[Report on the health of British troops in the Madras command]
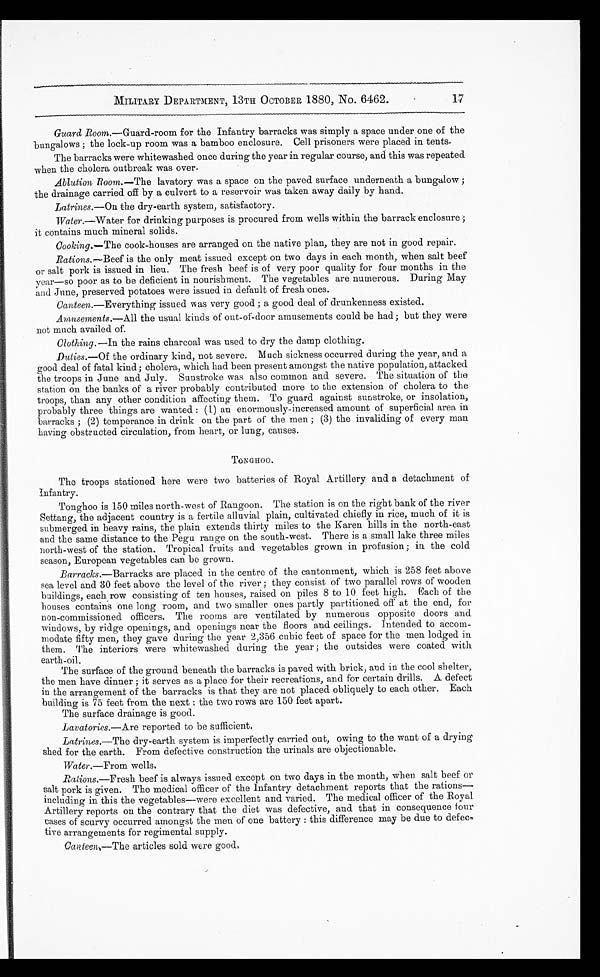
MILITARY DEPARTMENT, 13TH OCTOBER 1880, No. 6462.
Guard Room.—Guard-room for the Infantry barracks was simply a space under one of the
bungalows ; the lock-up room was a bamboo enclosure. Cell prisoners were placed in tents.
The barracks were whitewashed once during the year in regular course, and this was repeated
when the cholera outbreak was over.
Ablution Room. —The lavatory was a space on the paved surface underneath a bungalow ;
the drainage carried off by a culvert to a reservoir was taken away daily by hand.
Latrines.— On the dry-earth system, satisfactory.
Water.—Water for drinking purposes is procured from wells within the barrack enclosure
it contains much mineral solids.
Cooking.— The cook-houses are arranged on the native plan, they are not in good repair.
Rations.—Beef is the only meat issued except on two days in each month, when salt beef
or salt pork is issued in lieu. The fresh beef is of very poor quality for four months in the
year—so poor as to be deficient in nourishment. The vegetables are numerous. During May
and June, preserved potatoes were issued in default of fresh ones.
Canteen.—Everything issued w as very good ; a good deal of drunkenness existed.
Amusements.—All the usual kinds of out-of-door amusements could be had; but they were
not much availed of.
Clothing.—In the rains charcoal was used to dry the damp clothing.
Duties.— Of the ordinary kind, not severe. Much sickness occurred during the year, and a
good deal of fatal kind ; cholera, which had been present amongst the native population, attacked
the troops in June and July. Sunstroke was also common and severe. The situation of the
station on the banks of a river probably contributed more to the extension of cholera to the
troops, than any other condition affecting them. To guard against sunstroke, or insolation,
probably three things are wanted : (1) an enormously-increased amount of superficial area in
barracks ; (2) temperance in drink on the part of the men ; (3) the invaliding of every man
having obstructed circulation, from heart, or lung, causes.
TONGHOO.
The troops stationed here were two batteries of Royal Artillery and a detachment of
Infantry.
Tonghoo is 150 miles north-west of Rangoon. The station is on the right bank of the river
Settang, the adjacent country is a fertile alluvial plain, cultivated chiefly in rice, much of it is
submerged in heavy rains, the plain extends thirty miles to the Karen hills in the north-east
and the same distance to the Pegu range on the south-west. There is a small lake three miles
north-west of the station. Tropical fruits and vegetables grown in profusion; in the cold
season, European vegetables can be grown.
Barracks.—Barracks are placed in the centre of the cantonment, which is 258 feet above
sea level and 30 feet above the level of the river ; they consist of two parallel rows of wooden
buildings, each row consisting of ten houses, raised on piles 8 to 10 feet high. Each of the
houses contains one long room, and two smaller ones partly partitioned off at the end, for
non-commissioned officers. The rooms are ventilated by numerous opposite doors and
windows, by ridge openings, and openings near the floors and ceilings. Intended to accom--
modate fifty men, they gave during the year 2,356 cubic feet of space for the men lodged in
them. The interiors were whitewashed during the year ; the outsides were coated with
earth-oil.
The surface of the ground beneath the barracks is paved with brick, and in the cool shelter,
the men have dinner ; it serves as a place for their recreations, and for certain drills. A defect
in the arrangement of the barracks is that they are not placed obliquely to each other. Each
building is 75 feet from the next : the two rows are 150 feet apart.
The surface drainage is good.
Lavatories.—Are reported to be sufficient.
Latrines.—The dry-earth system is imperfectly carried out, owing to the want of a drying
shed for the earth. From defective construction the urinals are objectionable.
Water.—From wells.
Rations.—Fresh beef is always issued except on two days in the month, when salt beef or
salt pork is given. The medical officer of the Infantry detachment reports that the rations—
including in this the vegetables—were excellent and varied. The medical officer of the Royal.
Artillery reports on the contrary that the diet was defective, and that in consequence four
cases of scurvy occurred amongst the men of one battery : this difference may be due to defe
c - t i v e a r r a n g e m e n t s f o r r e g i m e n t a l s u p p l y .
Canteen.—The articles sold were good.
17